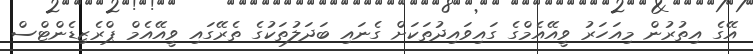
އޭގެ އިތުރުން މިއަހަރު ވީއޭއެމްގެ ގައިވައިދުތަކަށް ގެނައި ބަދަލުތަކުގެ ތެރޭގައި ވީއޭއެމް ޕްރެޒިޑެންޓްސް